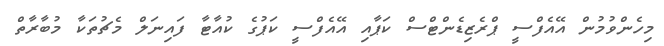
މިހެންވުމުން އޭއެފްސީ ޕްރެޒިޑެންޓްސް ކަޕާއި އޭއެފްސީ ކަޕުގެ ކުއާޓާ ފައިނަލް މެޗުތަކާ މުބާރާތް